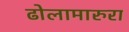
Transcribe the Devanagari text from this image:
ढोलामारुरा